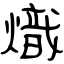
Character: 熾